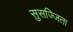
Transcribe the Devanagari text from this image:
सुसज्जिता